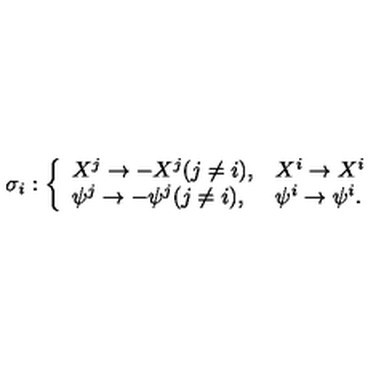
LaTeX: \sigma _ { i } : \left\{ \begin{array} { l l } { X ^ { j } \rightarrow - X ^ { j } ( j \neq i ) , } & { X ^ { i } \rightarrow X ^ { i } } \\ { \psi ^ { j } \rightarrow - \psi ^ { j } ( j \neq i ) , } & { \psi ^ { i } \rightarrow \psi ^ { i } . } \\ \end{array} \right.